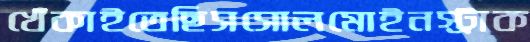
খেঁকাইতেছিসসোলমোইনস্ট্রাক